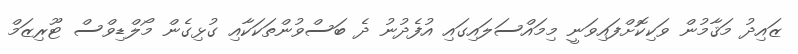
ޒައިދު މަޤާމުން ވަކިކޮށްފައިވަނީ މިމައްސަލައިގައި އުފެދުނު ދެ ބަސްވުންތަކަކާއި ގުޅިގެން މޯލްޑިވްސް ޓޫރިޒަމް